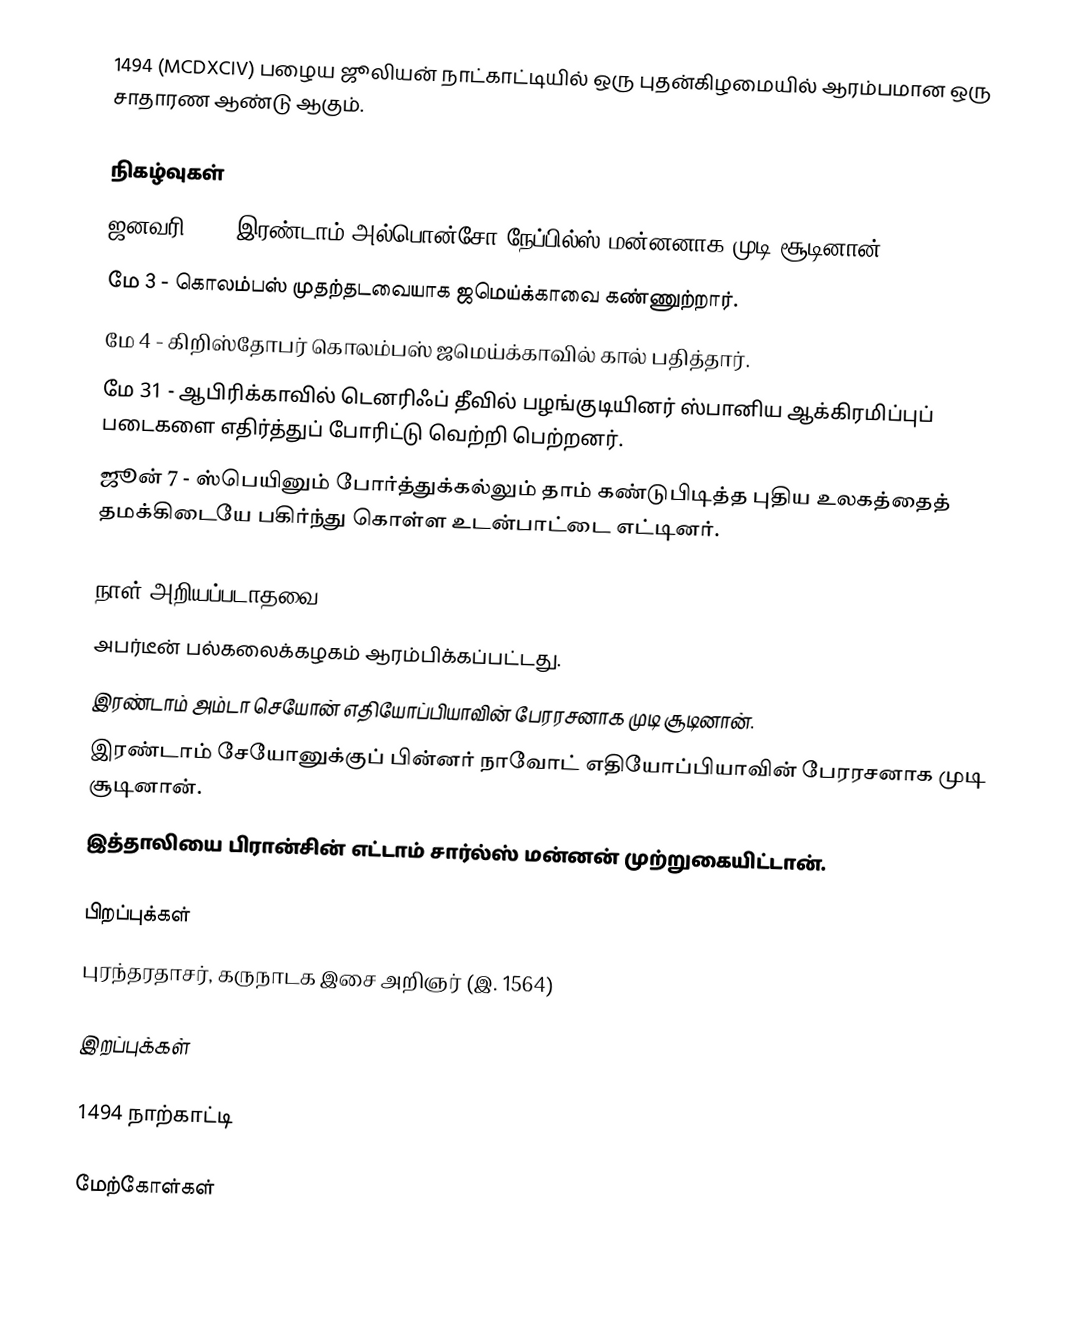
1494 (MCDXCIV) பழைய ஜூலியன் நாட்காட்டியில் ஒரு புதன்கிழமையில் ஆரம்பமான ஒரு சாதாரண ஆண்டு ஆகும்.

நிகழ்வுகள்
 ஜனவரி 25 - இரண்டாம் அல்பொன்சோ நேப்பில்ஸ் மன்னனாக முடி சூடினான்.
 மே 3 - கொலம்பஸ் முதற்தடவையாக ஜமெய்க்காவை கண்ணுற்றார்.
 மே 4 - கிறிஸ்தோபர் கொலம்பஸ் ஜமெய்க்காவில் கால் பதித்தார்.
 மே 31 - ஆபிரிக்காவில் டெனரிஃப் தீவில் பழங்குடியினர் ஸ்பானிய ஆக்கிரமிப்புப் படைகளை எதிர்த்துப் போரிட்டு வெற்றி பெற்றனர்.
 ஜூன் 7 - ஸ்பெயினும் போர்த்துக்கல்லும் தாம் கண்டுபிடித்த புதிய உலகத்தைத் தமக்கிடையே பகிர்ந்து கொள்ள உடன்பாட்டை எட்டினர்.

நாள் அறியப்படாதவை
 அபர்டீன் பல்கலைக்கழகம் ஆரம்பிக்கப்பட்டது.
 இரண்டாம் அம்டா செயோன் எதியோப்பியாவின் பேரரசனாக முடி சூடினான்.
 இரண்டாம் சேயோனுக்குப் பின்னர் நாவோட் எதியோப்பியாவின் பேரரசனாக முடி சூடினான்.
 இத்தாலியை பிரான்சின் எட்டாம் சார்ல்ஸ் மன்னன் முற்றுகையிட்டான்.

பிறப்புக்கள்
 புரந்தரதாசர், கருநாடக இசை அறிஞர் (இ. 1564)

இறப்புக்கள்

1494 நாற்காட்டி

மேற்கோள்கள்